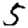
Digit: 5